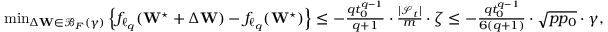
\begin{array} { r } { \operatorname* { m i n } _ { \Delta \mathbf { W } \in \mathcal { B } _ { F } ( \gamma ) } \left\{ f _ { \ell _ { q } } ( \mathbf { W } ^ { \star } + \Delta \mathbf { W } ) - f _ { \ell _ { q } } ( \mathbf { W } ^ { \star } ) \right\} \leq - \frac { q t _ { 0 } ^ { q - 1 } } { q + 1 } \cdot \frac { | \mathcal { S } _ { t } | } { m } \cdot \zeta \leq - \frac { q t _ { 0 } ^ { q - 1 } } { 6 ( q + 1 ) } \cdot \sqrt { p p _ { 0 } } \cdot \gamma , } \end{array}